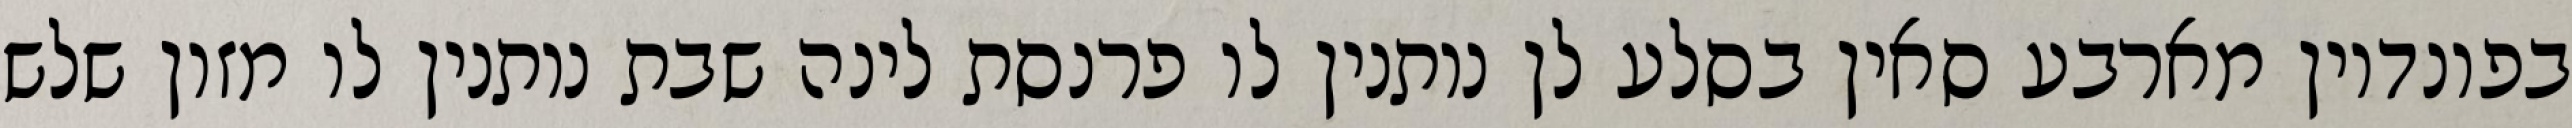
בפונדיון מארבע סאין בסלע לן נותנין לו פרנסת לינה שבת נותנין לו מזון שלש